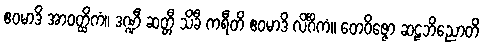
ဧဝမာဒိ အာဝတ္ထိကံ။ ဒဏ္ဍီ ဆတ္တီ သိခီ ကရီတိ ဧဝမာဒိ လိင်္ဂိကံ။ တေဝိဇ္ဇော ဆဠဘိညောတိ